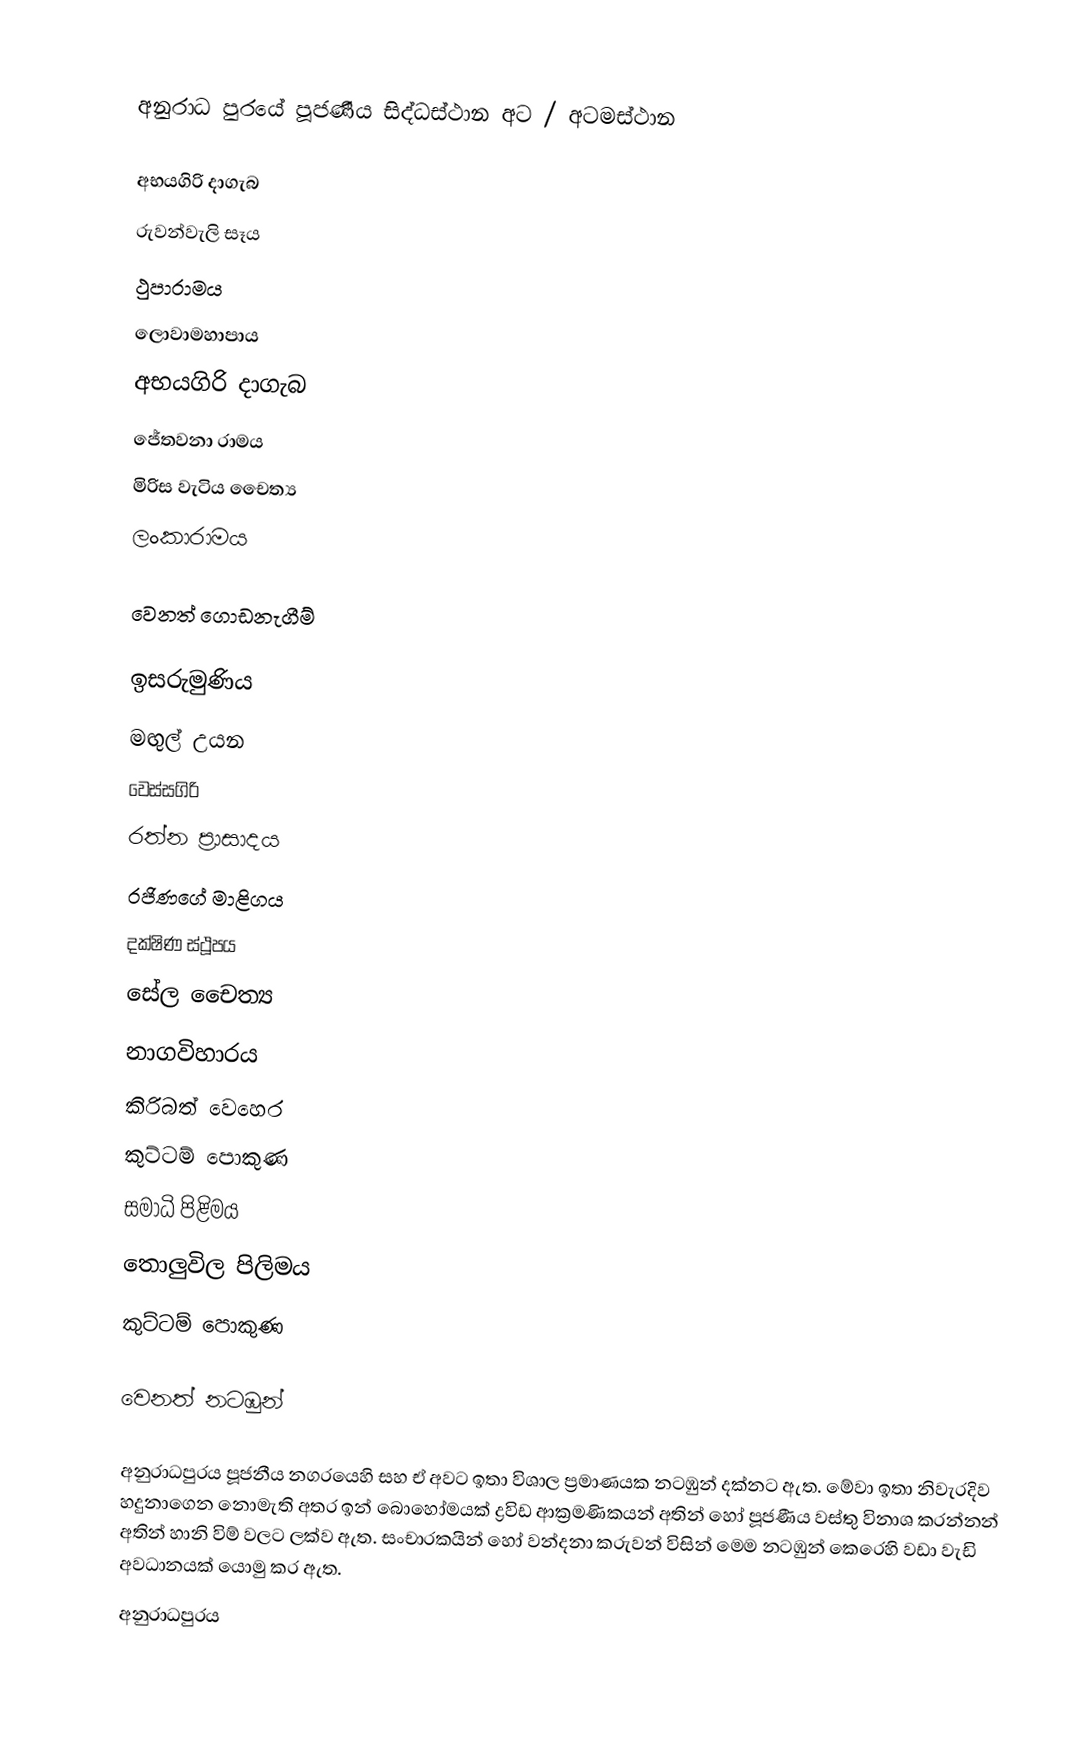

අනුරාධ පුරයේ පූජණීය සිද්ධස්ථාන අට / අටමස්ථාන

අභයගිරි දාගැබ
රුවන්වැලි සෑය
ථුපාරාමය
ලොවාමහාපාය
අභයගිරි දාගැබ
ජේතවනා රාමය
මිරිස වැටිය චෛත්‍ය
ලංකා‍රාමය

වෙනත් ගොඩනැගීම්

ඉසරුමුණිය
මඟුල් උයන
වෙස්ස‍ගිරි
රත්න ප්‍රාසාදය
රජිණගේ මාළිගය
දක්ෂිණ ස්ථූපය
සේල චෛත්‍ය
නාගවිහාරය
කිරිබත් වෙහෙර
කුට්ටම් පොකුණ
සමාධි පිළිමය
තොලුවිල පිලිමය
කුට්ටම් පොකුණ

වෙනත් නටඹුන්

අනුරාධපුර‍ය පූජනීය නගරයෙහි සහ ඒ අවට ඉතා විශාල ප්‍රමාණයක නටඹුන් දක්නට ඇත. මේවා ඉතා නිවැරදිව හදුනාගෙන නොමැති අතර ඉන් බොහෝමයක් ද්‍රවිඩ ආක්‍රමණිකයන් අතින් හෝ පූජණීය වස්තු විනාශ කරන්නන් අතින් හානි විම් වලට ලක්ව ඇත. සංචාරකයින් හෝ වන්දනා කරුවන් විසින් මෙම නටඹුන් කෙරෙහි වඩා වැඩි අවධානයක් යොමු කර ඇත.
අනුරාධපුරය